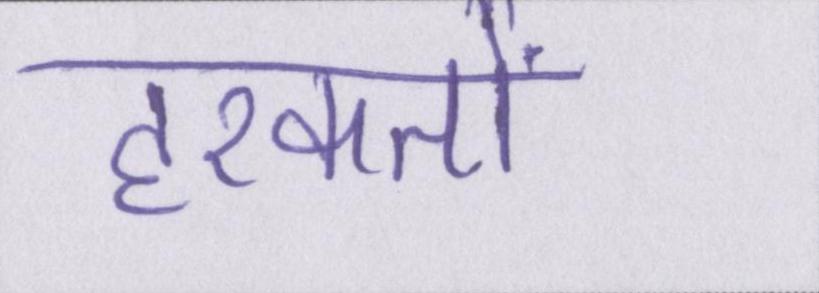
हरकतों